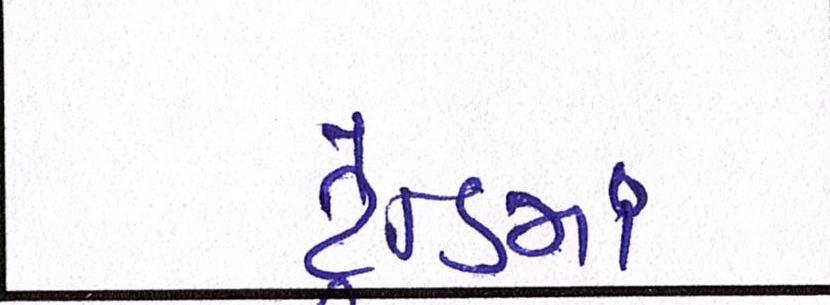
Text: ટ્રેન્ડમાં